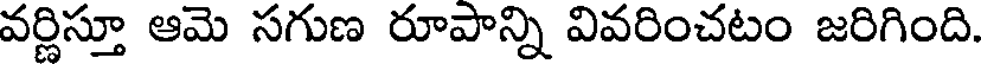
వర్ణిస్తూ ఆమె సగుణ రూపాన్ని వివరించటం జరిగింది.